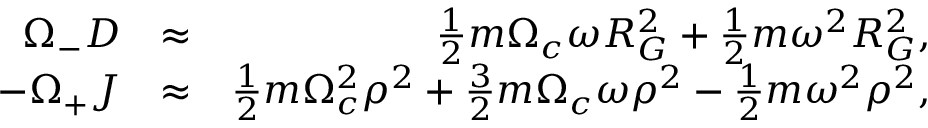
\begin{array} { r l r } { \Omega _ { - } D } & { \approx } & { \frac { 1 } { 2 } m \Omega _ { c } \omega R _ { G } ^ { 2 } + \frac { 1 } { 2 } m \omega ^ { 2 } R _ { G } ^ { 2 } , } \\ { - \Omega _ { + } J } & { \approx } & { \frac { 1 } { 2 } m \Omega _ { c } ^ { 2 } \rho ^ { 2 } + \frac { 3 } { 2 } m \Omega _ { c } \omega \rho ^ { 2 } - \frac { 1 } { 2 } m \omega ^ { 2 } \rho ^ { 2 } , } \end{array}